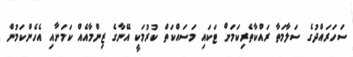
ސަހަރައްދުގެ ސަލާމަތާ ރައްކާތެރިކަމަށް ޓަކައި މަސައްކަތް ކުރުމަކީ އޭނާގެ ޒިންމާއެއް ކަމަށާއި އެހެންކަމުން